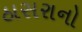
ઠાસરાનો